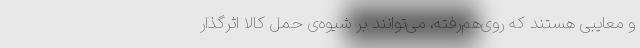
و معایبی هستند که روی‌هم‌رفته، می‌توانند بر شیوه‌ی حمل کالا اثرگذار